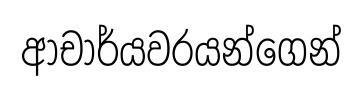
ආචාර්යවරයන්ගෙන්